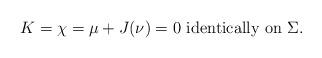
LaTeX: \begin{align*} K=\chi=\mu+J(\nu)=0 \ \textrm{identically on} \ \Sigma.\end{align*}